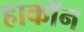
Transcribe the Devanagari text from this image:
हाकॉन